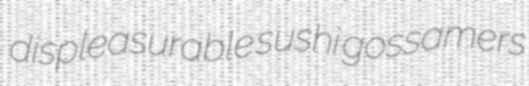
displeasurable sushi gossamers